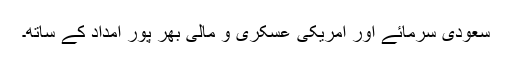
سعودی سرمائے اور امریکی عسکری و مالی بھر پور امداد کے ساتھ۔